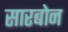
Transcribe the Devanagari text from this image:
सारबोन